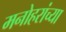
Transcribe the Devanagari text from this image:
मनोहरांच्या